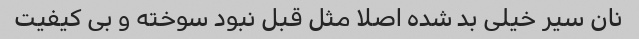
نان سیر خیلی بد شده اصلا مثل قبل نبود سوخته و بی کیفیت